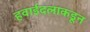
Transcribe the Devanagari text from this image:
हवाईदलाकडून